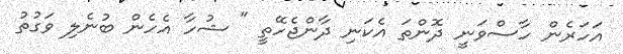
އަހަރެން ހާސްވަނީ ދޮންތަ އެކަނި ދާންޖެހޭތީ " ޝުހާ އެހެން ބުނެލި ވަގުތު